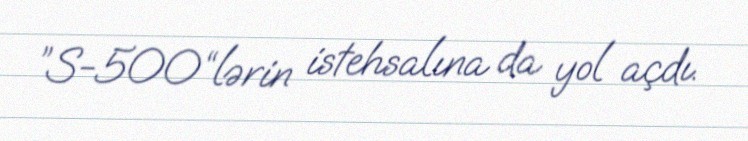
”S-500“lərin istehsalına da yol açdı.